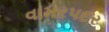
વામરપદર